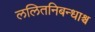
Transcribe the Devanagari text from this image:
ललितनिबन्धाश्च